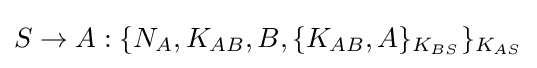
S\rightarrow A:\{N_{A},K_{AB},B,\{K_{AB},A\}_{K_{BS}}\}_{K_{AS}}